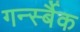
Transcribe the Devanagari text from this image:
गर्न्स्बैक